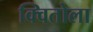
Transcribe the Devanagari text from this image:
क्वितोला